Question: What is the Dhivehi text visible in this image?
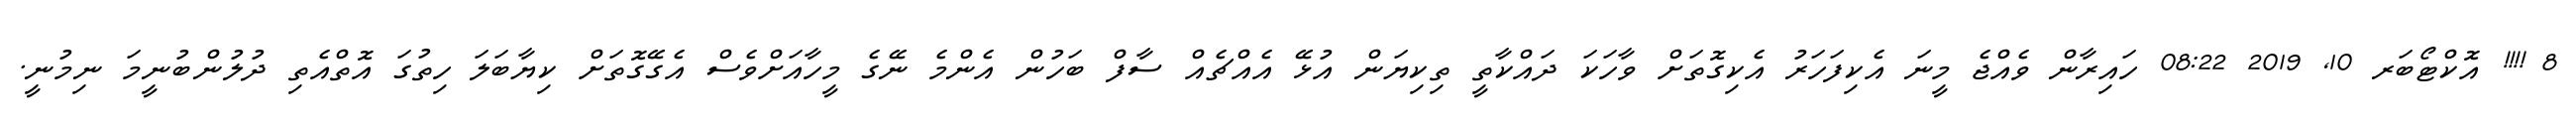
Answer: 8 !!!! އޮކްޓޯބަރ 10, 2019 08:22 ހައިރާން ވެއްޖެ މީނަ އެކިފަހަރު އެކިގޮތަށް ވާހަކަ ދައްކާތީ ތިކިޔަން އުޅޭ އެއްޗެއް ސާފް ބަހުން އެންމެ ނޭގެ މީހާއަށްވެސް އެގޭގޮތަށް ކިޔާބަލަ ހިތުގަ އޮތްއެތި ދުލުންބުނީމަ ނިމުނީ.